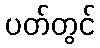
ပတ်တွင်